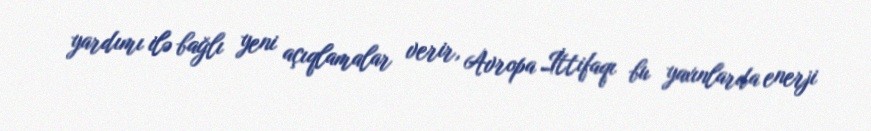
yardımı ilə bağlı yeni açıqlamalar verir, Avropa İttifaqı bu yaxınlarda enerji